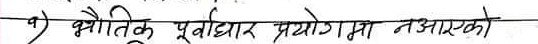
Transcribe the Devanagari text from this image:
भौतिक पूर्वाधार प्रयोगमा नआएको